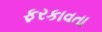
ફરકાવતા